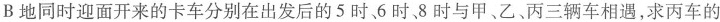
B地同时迎面开来的卡车分别在出发后的5时6时8时与甲、乙、丙三辆车相遇，求丙车的